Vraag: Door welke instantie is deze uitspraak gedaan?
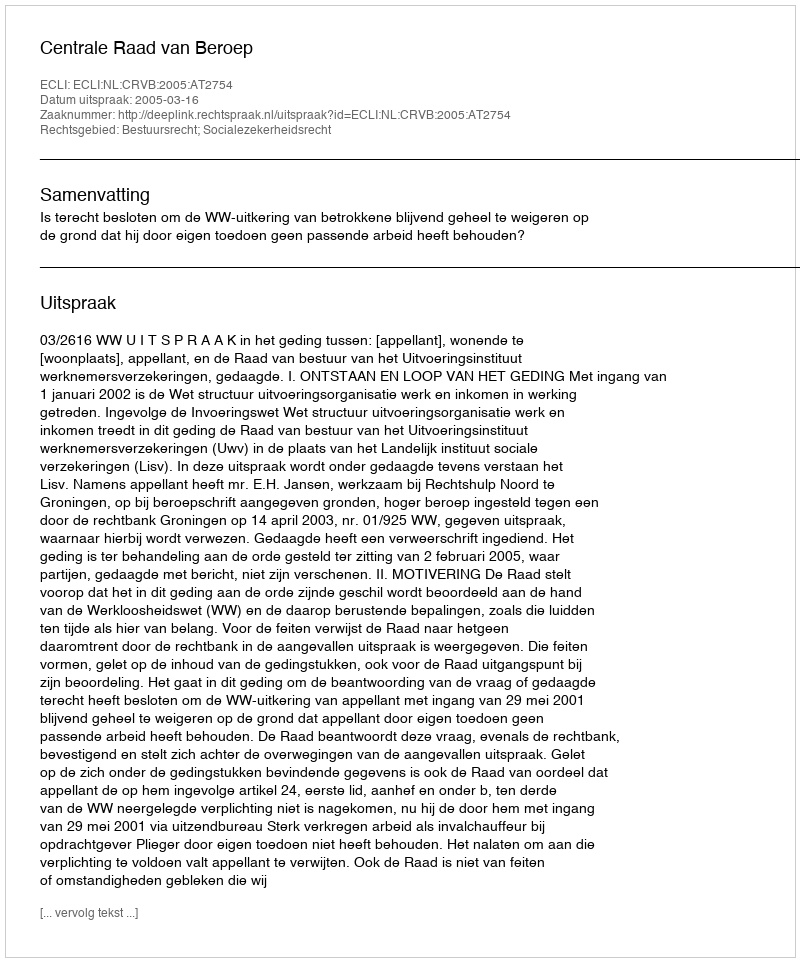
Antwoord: Centrale Raad van Beroep